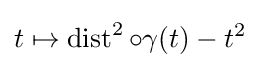
t\mapsto \operatorname {dist} ^{2}\circ \gamma (t)-t^{2}